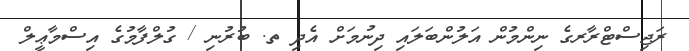
ރަޖިސްޓްރާރގެ ނިންމުން އަލުންބަލައި ދިނުމަށް އެދި ތ. ބުރުނި / ގުލްފާމުގެ އިސްމާޢީލް